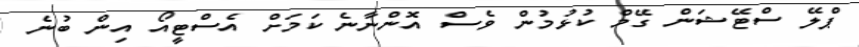
ޕްލޭ ސްޓޭޝަން ގޭމް ކުޅުމުން ވެސް އޮންނާނެ ކަމަށް އެސްޓީއޯ އިން ބުނެ